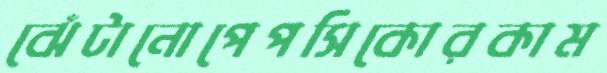
ঝেঁটানোপেপসিকোরকাম